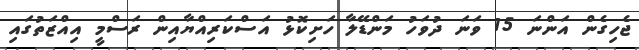
ޖެހިގެން އަންނަ 15 ވަނަ ދުވަހު މަންޑޭލާ ހަށިކޮޅު އަސްކަރިއްޔާއިން ރަސްމީ އިއްޒަތުގައި